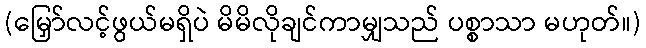
(မြှော်လင့်ဖွယ်မရှိပဲ မိမိလိုချင်ကာမျှသည် ပစ္စာသာ မဟုတ်။)